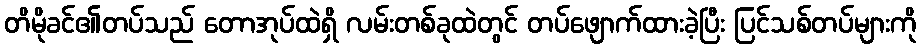
တိမိုခင်၏တပ်သည် တောအုပ်ထဲရှိ လမ်းတစ်ခုထဲတွင် တပ်ဖျောက်ထားခဲ့ပြီး ပြင်သစ်တပ်များကို